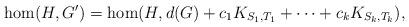
LaTeX: \begin{align*} \hom(H,G') = \hom(H, d(G) + c_1K_{S_1, T_1} +\dots + c_k K_{S_k,T_k}),\end{align*}